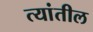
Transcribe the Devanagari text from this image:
त्‍यांतील